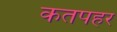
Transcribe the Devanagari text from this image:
कतपहर